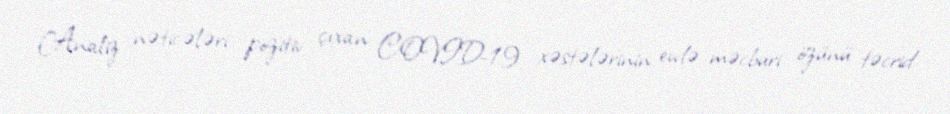
Analiz nəticələri pozitiv çıxan COVID-19 xəstələrinin evdə məcburi özünü təcrid